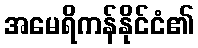
အမေရိကန်နိုင်ငံ၏